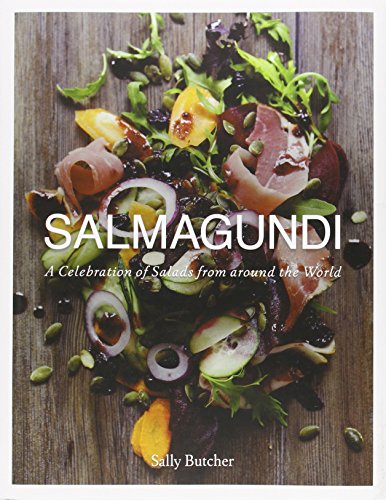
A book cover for Salmagundi: A Celebration of Salads from Around the World; Sally Butcher; Cookbooks, Food & Wine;